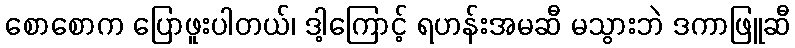
စောစောက ပြောဖူးပါတယ်၊ ဒါ့ကြောင့် ရဟန်းအမဆီ မသွားဘဲ ဒကာဖြူဆီ